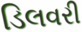
ડિલવરી